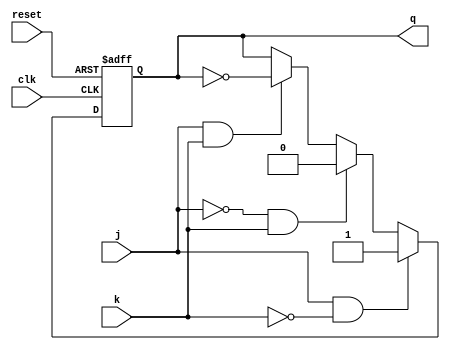
`timescale 1ms/1ns

module jk_ff(output reg q, input j, input k, input clk, input reset);
always @(posedge clk or posedge reset)
begin
    if(reset) q <= 0;
    else if(j==1 && k==0) q=1;
    else if(j==0 && k==1) q=0;
    else if(j==1 && k==1) q=~q;
end
endmodule

module counter(output [3:0]q, input clk, input reset);
wire w[0:1];
and(w[0],q[0],q[1]);
and(w[1],w[0],q[2]);
jk_ff f1(q[0],1'b1,1'b1,clk,reset);
jk_ff f2(q[1],q[0],q[0],clk,reset);
jk_ff f3(q[2],w[0],w[0],clk,reset);
jk_ff f4(q[3],w[1],w[1],clk,reset);
endmodule

module testbench;
wire [3:0] q;
reg clk,reset;
counter c(q,clk,reset);

initial
begin
    $monitor($time, " q=%b", q);
    clk=0;
    reset=1;
    #0.2 reset=0;
    #16 $finish;
end
always
    #0.5 clk=~clk;
endmodule